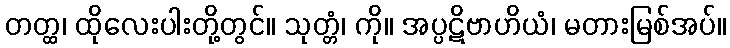
တတ္ထ၊ ထိုလေးပါးတို့တွင်။ သုတ္တံ၊ ကို။ အပ္ပဋိဗာဟိယံ၊ မတားမြစ်အပ်။